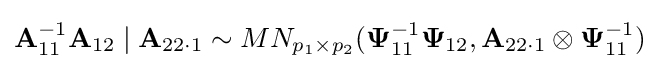
{\mathbf {A} }_{11}^{-1}{\mathbf {A} }_{12}\mid {\mathbf {A} }_{22\cdot 1}\sim MN_{p_{1}\times p_{2}}({\mathbf {\Psi } }_{11}^{-1}{\mathbf {\Psi } }_{12},{\mathbf {A} }_{22\cdot 1}\otimes {\mathbf {\Psi } }_{11}^{-1})